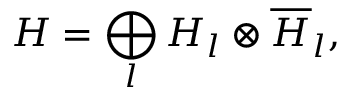
{ \cal H } = \bigoplus _ { l } { \cal H } _ { l } \otimes \overline { { { \cal H } } } _ { l } ,